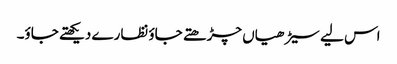
اس لیے سیڑھیاں چڑھتے جاؤ نظارے دیکھتے جاؤ۔